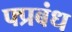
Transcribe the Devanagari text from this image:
फ्प्रबंध